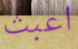
اعبث